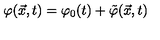
\varphi ( { \vec { x } } , t ) = \varphi _ { 0 } ( t ) + { \tilde { \varphi } } ( \vec { x } , t )